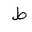
Letter: _da